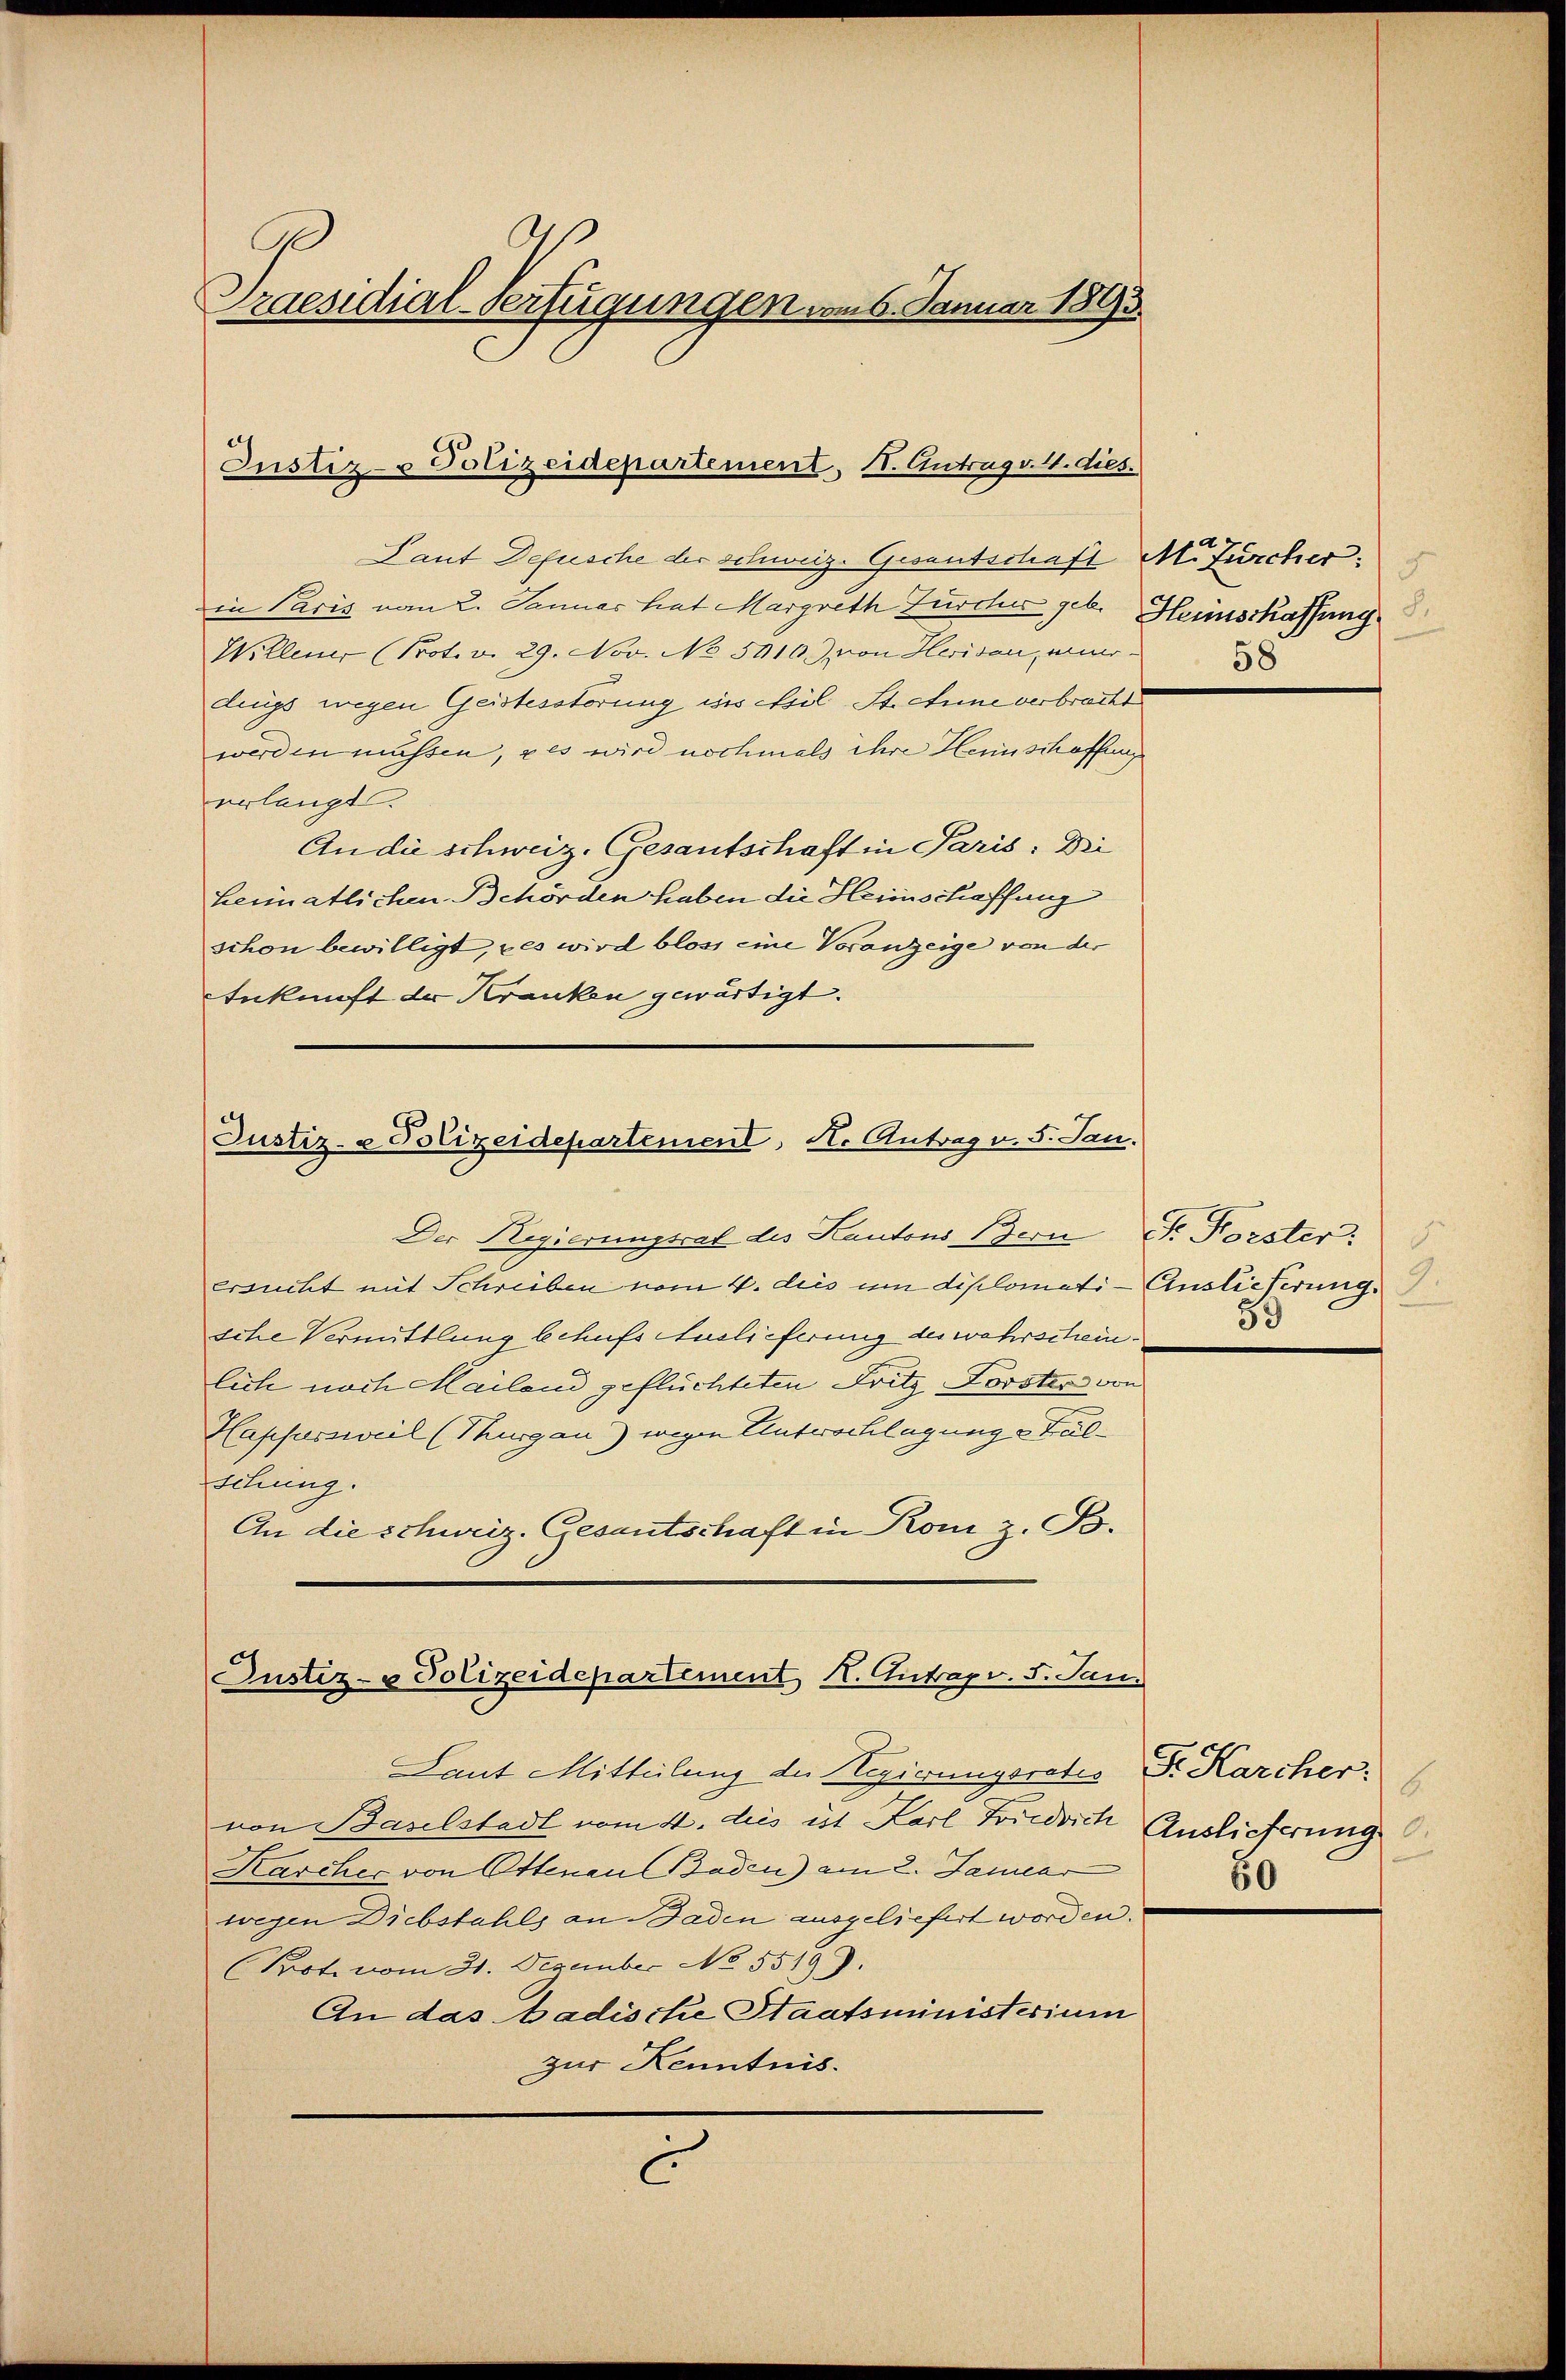
Praesidial-Verfügungen vom 6. Januar 1893.

Justiz- & Polizeidepartement, 1. Antrag v. 4. dies

Taut Defusche der schweiz. Gesantschaft M. furcher:
in Paris von 2. Januar hat Margreth Zürcher geb. Heimschaffung
Willen (Not. v. 29. Nov. No 5010.) von Herisau, einer
dings wegen Geistesstörung wie vil St. Anne verbracht
werden müssen, als wird nochmals ihre Heinschaffung
erlangt.
An die schweiz. Gesantschaft in Paris: Di
heimatlichen Behörden haben die Heimschaffung
schon bewilligt, es wird bloss eine Voranzeige von der
Ankunft der Kranken gewärtigt.

Justiz- & Polizeidepartement, H. Antrag u. 5. Jan.

Justiz- & Polizeidepartement K. Antrag v. 5. Jan.

Der Regierungsrat des Kantons Bern F. Forster."
ersucht mit Schreiben vom 4. des um diplomati- Auslieferung.
sche Vermittlung behufs Auslieferung des wahrschein.
lich noch Mailand geflüchteten Fritz Forster von
Happersweil (Thurgau) wegen Unterschlagunge Ful¬
Sitzung.
An die schweiz. Gesantschaft in Kom, z. B.

Laut Mitteilung der Regierungsrates Dr. Karcher:
von Baselstadt vom 4. dies ist Karl Friedrich
Karcher von Ottenau Baden) am 2. Januar
wegen Diebstahls an Baden ausgeliefert worden.
(Prot. vom 31. Dezember No 5519.
An das Badische Staatsministerium
zur Kenntnis.
C

58

Auslieferung
60